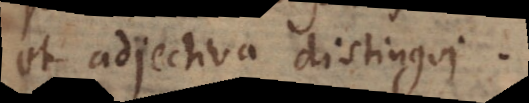
et adjectiva distingui.